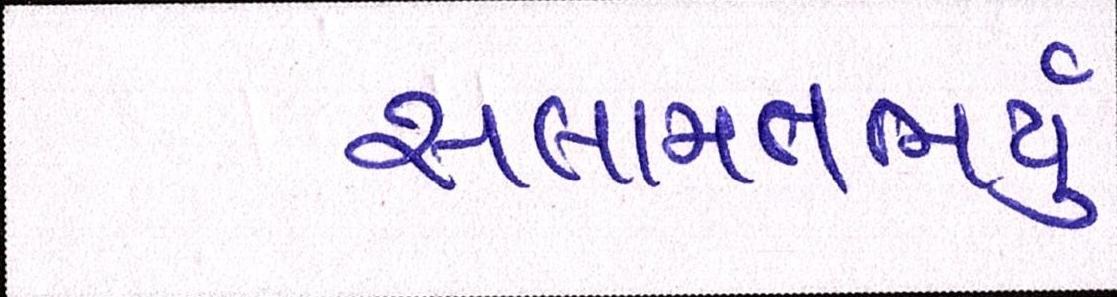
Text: સલામતભર્યું